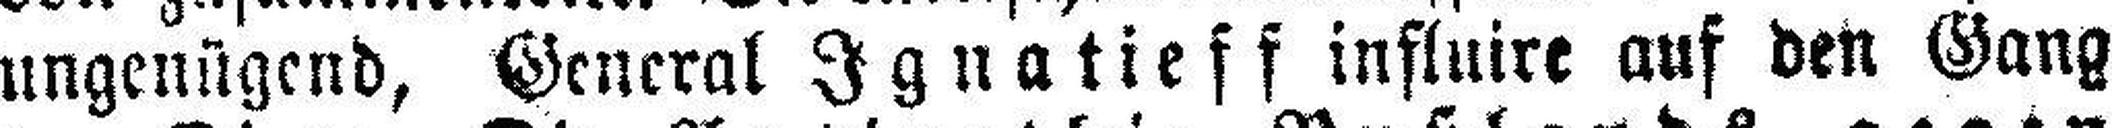
ungenügend, General Ignatieff influire auf den Gang